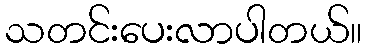
သတင်းပေးလာပါတယ်။